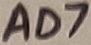
Text: AD7